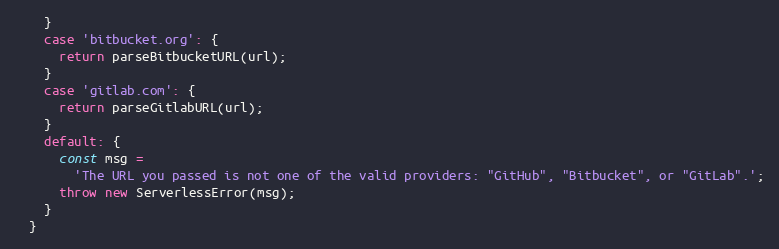
Language: JavaScript
    }
    case 'bitbucket.org': {
      return parseBitbucketURL(url);
    }
    case 'gitlab.com': {
      return parseGitlabURL(url);
    }
    default: {
      const msg =
        'The URL you passed is not one of the valid providers: "GitHub", "Bitbucket", or "GitLab".';
      throw new ServerlessError(msg);
    }
  }